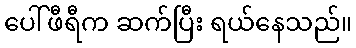
ပေါ်ဖီရီက ဆက်ပြီး ရယ်နေသည်။